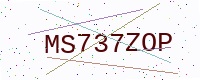
Text: MS737ZOP